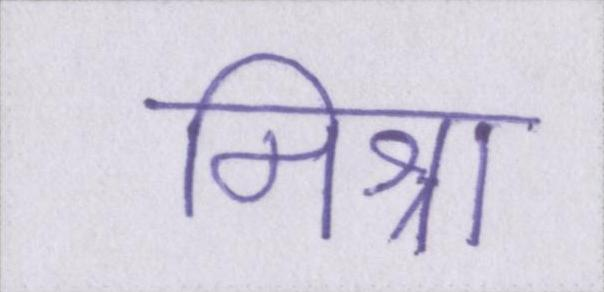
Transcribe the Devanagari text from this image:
मिश्रा